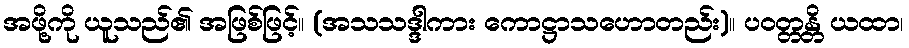
အဖို့ကို ယူသည်၏ အဖြစ်ဖြင့်။ (အသသဒ္ဒါကား ကောဋ္ဌာသဟောတည်း)။ ပဝတ္တန္တိ ယထာ၊